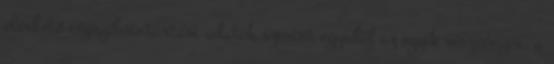
elérhető cégnyilvántartási adatok szerint egyedül az egyik részvényes, a